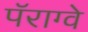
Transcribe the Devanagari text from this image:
पॅराग्वे